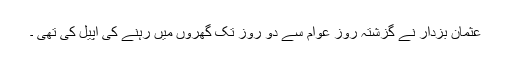
عثمان بزدار نے گزشتہ روز عوام سے دو روز تک گھروں میں رہنے کی اپیل کی تھی ۔